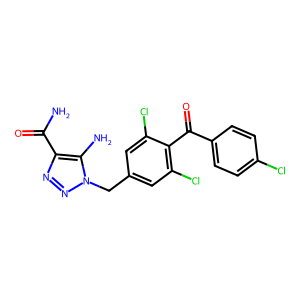
SMILES: NC(=O)c1nnn(Cc2cc(Cl)c(C(=O)c3ccc(Cl)cc3)c(Cl)c2)c1N
Inhibits HIV replication: No